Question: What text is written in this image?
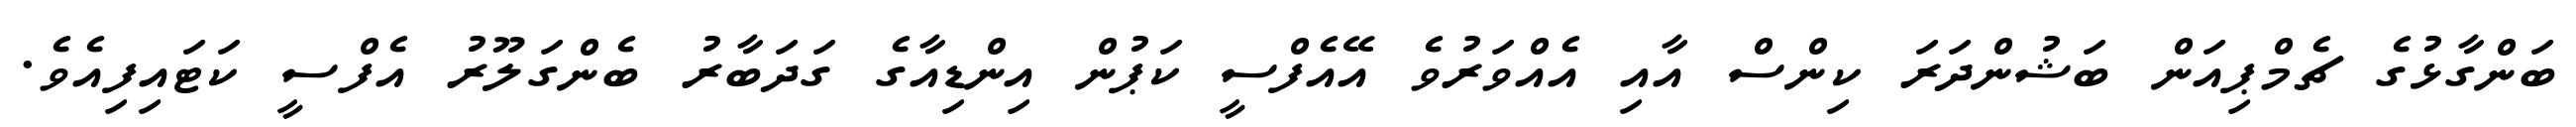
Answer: ބަންގާޅުގެ ޗެމްޕިއަން ބަޝުންދަރަ ކިންސް އާއި އެއްވަރުވެ އޭއެފްސީ ކަޕުން އިންޑިއާގެ ގަދަބާރު ބެންގަލޫރު އެފްސީ ކަޓައިފިއެވެ.